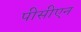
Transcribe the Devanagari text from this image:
पीसीएन